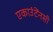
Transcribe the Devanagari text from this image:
एकाउंटेंनसी